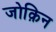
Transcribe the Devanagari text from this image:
जोक़िन